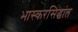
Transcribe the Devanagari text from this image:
भास्करसिद्धांत